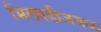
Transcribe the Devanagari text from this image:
भिलवडीजवळ